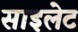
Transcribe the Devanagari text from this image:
साइलेट